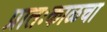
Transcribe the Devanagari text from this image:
प्रातःकाळचा